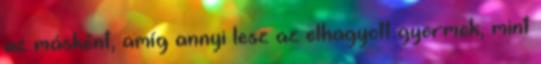
az másként, amíg annyi lesz az elhagyott gyermek, mint